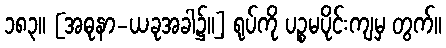
၁၈၃။ [အဓုနာ-ယခုအခါ၌။] ရုပ်ကို ပဉ္စမပိုင်းကျမှ တွက်။